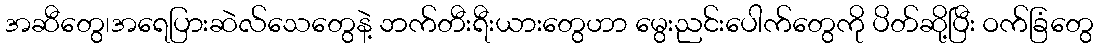
အဆီတွေ၊အရေပြားဆဲလ်သေတွေနဲ့ ဘက်တီးရီးယားတွေဟာ မွေးညင်းပေါက်တွေကို ပိတ်ဆို့ပြီး ဝက်ခြံတွေ